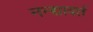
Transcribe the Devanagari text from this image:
नन्द्यावर्त